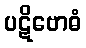
ပဋိဗောဓံ